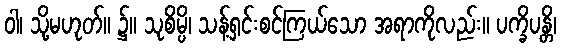
ဝါ၊ သို့မဟုတ်။ ၌။ သုစိမ္ပိ၊ သန့်ရှင်းစင်ကြယ်သော အရာကိုလည်း။ ပက္ခိပန္တိ၊